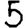
Digit: 5